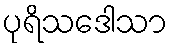
ပုရိသဒေါသာ